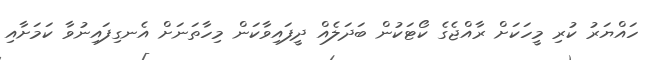
ހައްޔަރު ކުރި މީހަކަށް ރާއްޖެގެ ކޯޓަކުން ބަދަލެއް ދީފައިވާކަން މިހާތަނަށް އެނގިފައިނުވާ ކަމަށާއި